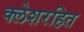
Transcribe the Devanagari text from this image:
क्लेशरहित